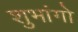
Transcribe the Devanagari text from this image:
शुभांगो